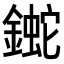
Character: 𨫯